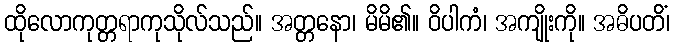
ထိုလောကုတ္တရာကုသိုလ်သည်။ အတ္တနော၊ မိမိ၏။ ဝိပါကံ၊ အကျိုးကို။ အဓိပတိံ၊